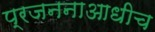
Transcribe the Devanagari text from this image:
प्रजननाआधीच